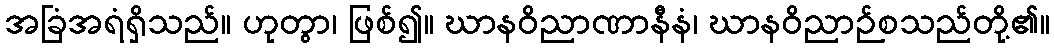
အခြံအရံရှိသည်။ ဟုတွာ၊ ဖြစ်၍။ ဃာနဝိညာဏာနီနံ၊ ဃာနဝိညာဉ်စသည်တို့၏။